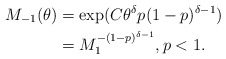
\begin{align*}M_{-1}(\theta)&=\exp(C\theta^\delta p (1-p)^{\delta-1} ) \\&= M_1^{-(1-p)^{\delta-1}},p<1.\end{align*}